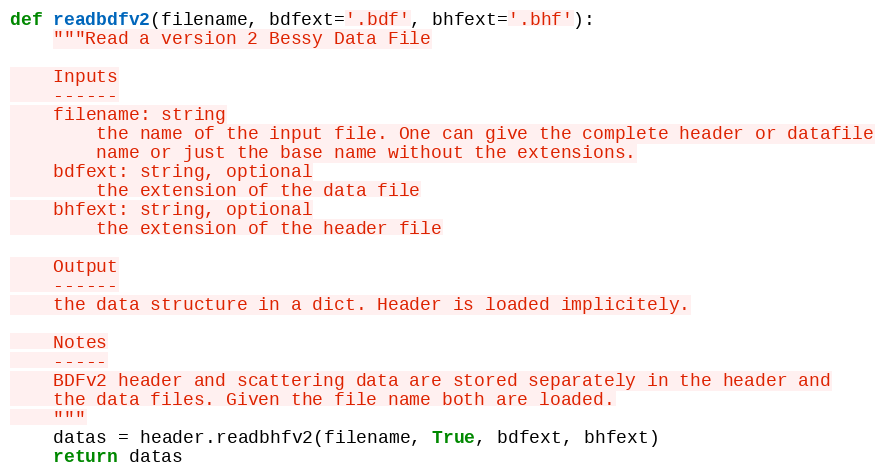
Language: Python
def readbdfv2(filename, bdfext='.bdf', bhfext='.bhf'):
    """Read a version 2 Bessy Data File

    Inputs
    ------
    filename: string
        the name of the input file. One can give the complete header or datafile
        name or just the base name without the extensions.
    bdfext: string, optional
        the extension of the data file
    bhfext: string, optional
        the extension of the header file

    Output
    ------
    the data structure in a dict. Header is loaded implicitely.

    Notes
    -----
    BDFv2 header and scattering data are stored separately in the header and
    the data files. Given the file name both are loaded.
    """
    datas = header.readbhfv2(filename, True, bdfext, bhfext)
    return datas